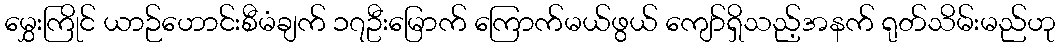
မွှေးကြိုင် ယာဉ်ဟောင်းစီမံချက် ၁၇ဦးမြောက် ကြောက်မယ်ဖွယ် ကျော်ရှိသည့်အနက် ရုတ်သိမ်းမည်ဟု